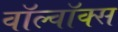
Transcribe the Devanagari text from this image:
वॉल्वॉक्स